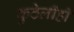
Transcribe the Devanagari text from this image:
कुठेलीही